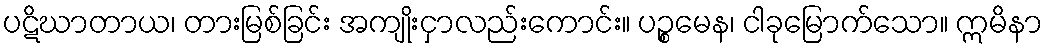
ပဋိဃာတာယ၊ တားမြစ်ခြင်း အကျိုးငှာလည်းကောင်း။ ပဉ္စမေန၊ ငါခုမြောက်သော။ ဣမိနာ